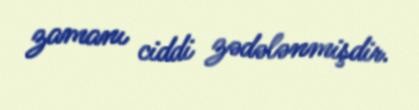
zamanı ciddi zədələnmişdir.